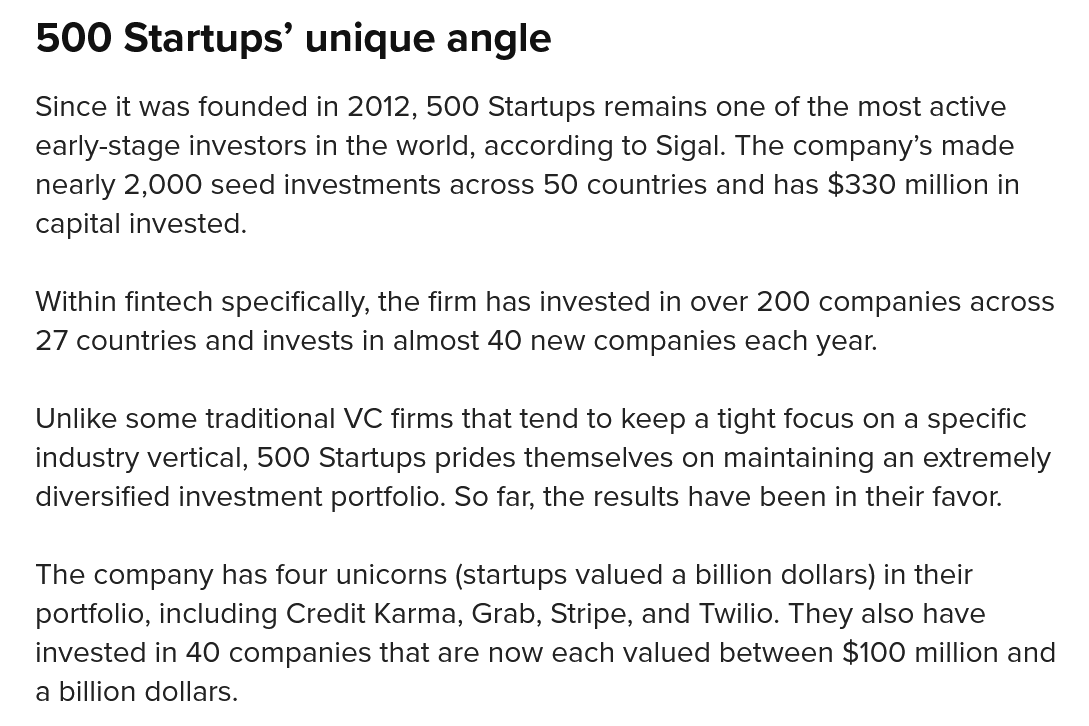
500   Startups’    unique    angle
   Since it was founded in 2012, 500 Startups remains one of the most active
   early-stage investors in the world, according to Sigal. The company’s made
   nearly 2,000 seed investments across 50 countries and has $330 million in
   capital invested.
   Within fintech specifically, the firm has invested in over 200 companies across
   27 countries and invests in almost 40 new companies each year.
   Unlike some traditional VC firms that tend to keep a tight focus on a specific
   industry vertical, 500 Startups prides themselves on maintaining an extremely
   diversified investment portfolio. So far, the results have been in their favor.
   The company has four unicorns (startups valued
  a
     billion dollars) in their
   portfolio, including Credit Karma, Grab, Stripe, and Twilio. They also have
   invested in 40 companies that are now each valued between $100 million and
   a billion dollars.